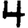
Digit: 4